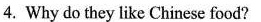
4.Why do they like Chinese food?